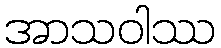
အာသဝါဿ